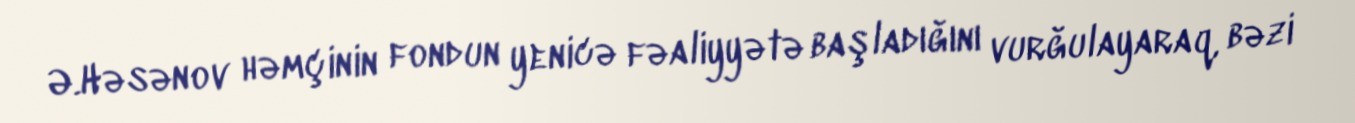
Ə.Həsənov həmçinin fondun yenicə fəaliyyətə başladığını vurğulayaraq, bəzi